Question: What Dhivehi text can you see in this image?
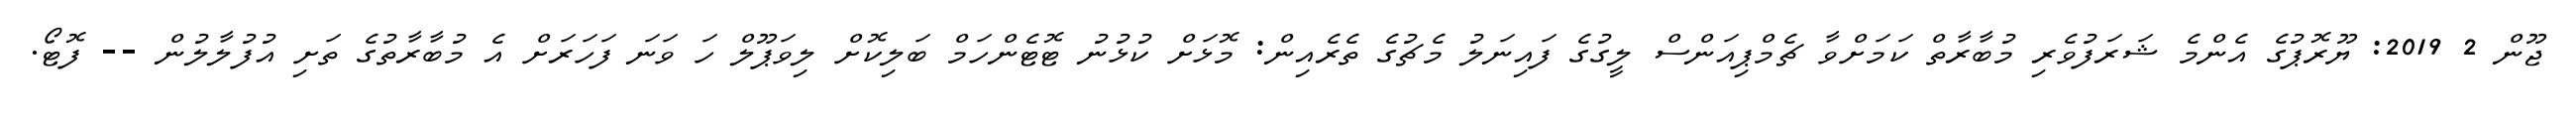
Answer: ޖޫން 2 2019: ޔޫރޮޕުގެ އެންމެ ޝަރަފުވެރި މުބާރާތް ކަމަށްވާ ޗެމްޕިއަންސް ލީގުގެ ފައިނަލު މެޗުގެ ތެރެއިން: މޮޅަށް ކުޅުނު ޓޮޓެންހަމް ބަލިކޮށް ލިވަޕޫލް ހަ ވަނަ ފަހަރަށް އެ މުބާރާތުގެ ތަށި އުފުލާލުން -- ފޮޓޯ.